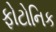
ફોટોનિક